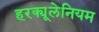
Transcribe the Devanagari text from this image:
हरक्यूलेनियम